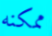
ممكنه